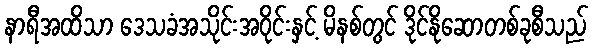
နာရီအထိသာ ဒေသခံအသိုင်းအဝိုင်းနှင့် မိနစ်တွင် ဒိုင်နိုဆောတစ်ခုစီသည်